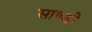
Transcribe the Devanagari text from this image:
साण्डी